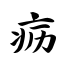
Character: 疬